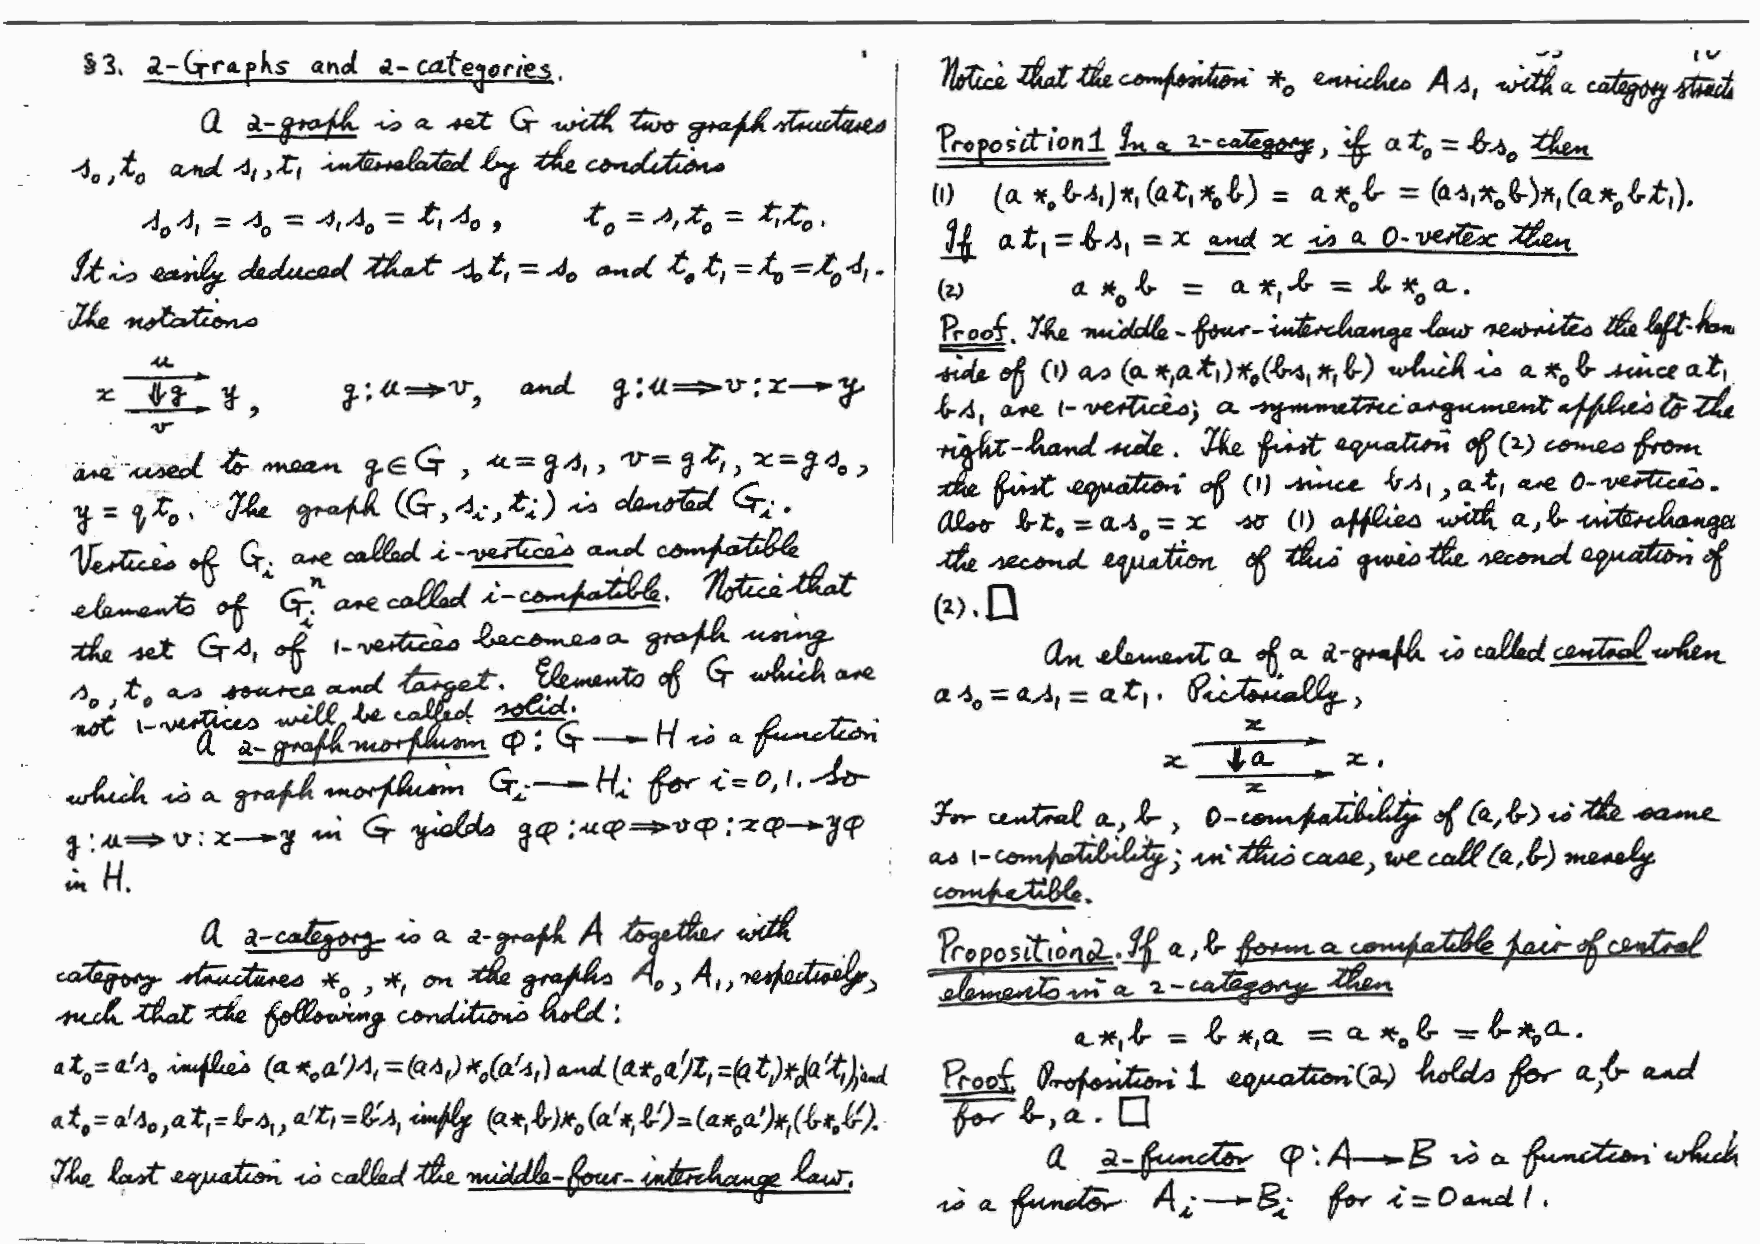
• .
 i 3, 2.-~r4. f ks anol tl- ca.teJ~rie.s.
 ---~              G-...H-lt~1"...µ~        I
 a           .w ... -x_
 ~o,to ~4,,:C,   ~£q-          ~~
 4 0 4 1 = ~o : 4 1 .4 0 = .t, A 0 , .C 0 = A I z 0 :. ;t t: ~~ o '
 /.t~ ~~-.~tl._ dakcOA/ ~ --d,,t, -=.4 0 ~pf t; • ,t 1 - -"I'"o - -k 0 .J, , ..
 -~~